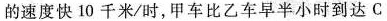
的速度快10千米/时，甲车比乙车早半小时到达C